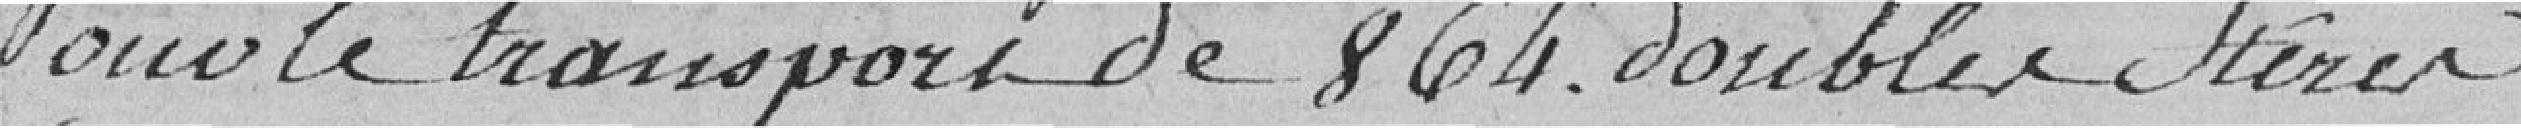
Pour le transport de 864 doubles